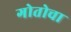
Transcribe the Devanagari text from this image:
गोतोचा